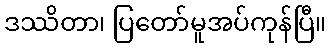
ဒဿိတာ၊ ပြတော်မူအပ်ကုန်ပြီ။